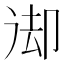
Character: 𠨙